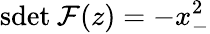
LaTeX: \mathrm{sdet}\: {\cal F}(z)=-x_{-}^{2}